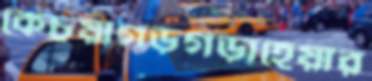
কেচুয়াগড়গড়াহেয়ার